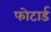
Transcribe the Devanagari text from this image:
फोटार्ड